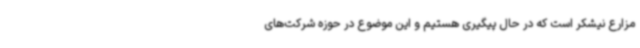
مزارع نیشکر است که در حال پیگیری هستیم و این موضوع در حوزه شرکت‌های